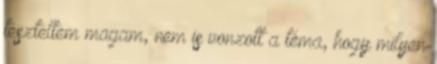
teszteltem magam, nem is vonzott a téma, hogy milyen